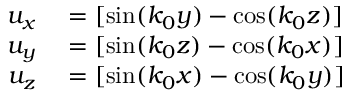
\begin{array} { r l } { u _ { x } } & { { } = [ \sin ( k _ { 0 } y ) - \cos ( k _ { 0 } z ) ] } \\ { u _ { y } } & { { } = [ \sin ( k _ { 0 } z ) - \cos ( k _ { 0 } x ) ] } \\ { u _ { z } } & { { } = [ \sin ( k _ { 0 } x ) - \cos ( k _ { 0 } y ) ] } \end{array}